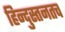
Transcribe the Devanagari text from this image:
हिन्दुस्तनतच